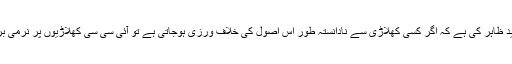
آسٹریلیا کے لئے 76 ٹیسٹ اور 221 ون ڈے کھیلنے والے بریٹ لی نے امید ظاہر کی ہے کہ اگر کسی کھلاڑی سے نادانستہ طور اس اصول کی خلاف ورزی ہوجاتی ہے تو آئی سی سی کھلاڑیوں پر نرمی برتے گا اور اس جیسے قوانین کی خلاف ورزی ہونے پر تنبیہ دی جائے گی۔